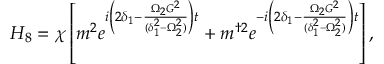
\begin{array} { r } { H _ { 8 } = \chi \left[ m ^ { 2 } e ^ { i \left( 2 \delta _ { 1 } - \frac { \Omega _ { 2 } G ^ { 2 } } { ( \delta _ { 1 } ^ { 2 } - \Omega _ { 2 } ^ { 2 } ) } \right) t } + m ^ { \dagger 2 } e ^ { - i \left( 2 \delta _ { 1 } - \frac { \Omega _ { 2 } G ^ { 2 } } { ( \delta _ { 1 } ^ { 2 } - \Omega _ { 2 } ^ { 2 } ) } \right) t } \right] , } \end{array}